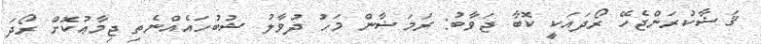
ޤަޟާކުރަންޖެހޭ ރޯދައަކީ ކޮބާ ޖަވާބު: ރަމަޟާން މަހު ދުވާލު ޝުބުހައެއްނެތި ޖިމާޢުކޮށް ރޯދަ